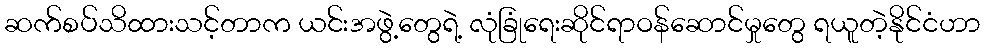
ဆက်စပ်သိထားသင့်တာက ယင်းအဖွဲ့တွေရဲ့ လုံခြုံရေးဆိုင်ရာဝန်ဆောင်မှုတွေ ရယူတဲ့နိုင်ငံဟာ